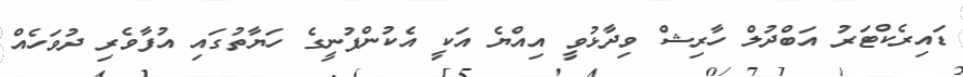
ޑައިރެކްޓަރު އަބްދުލް ހާރިޝް ވިދާޅުވީ އިއްޔެ އަކީ އެކުންފުނީގެ ހަޔާތުގައި އުފާވެރި ދުވަހެއް